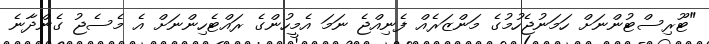
"ޓޫރިސްޓުންނަށް ހަމަނުޖެހުމުގެ މަންޒަރެއް ފެނިއްޖެ ނަމަ އެމީހުންގެ ރައްޓެހިންނަށް އެ މެސެޖު ގެންދާނެ